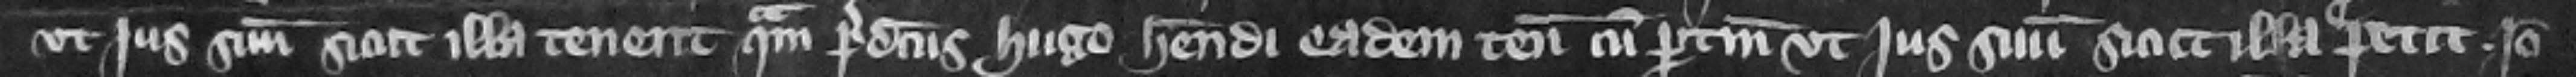
vt jus suum sicut illa tenent quam predictus Hugo habendi eadem tenementa cum pertinencis vt jus suum sicut illa petit. Ideo